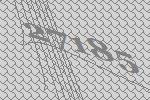
27185